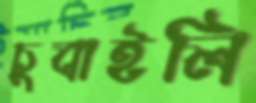
চুবাইলি